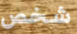
شخص